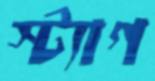
স্ট্যাগ